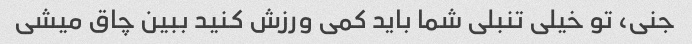
جنی، تو خیلی تنبلی شما باید کمی ورزش کنید ببین چاق میشی